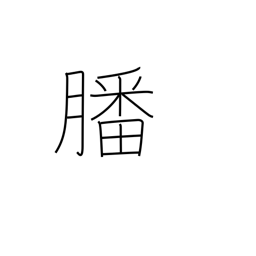
Meaning: offerings to gods